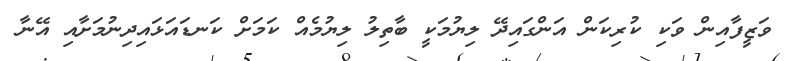
ވަޒީފާއިން ވަކި ކުރިކަން އަންގައިދޭ ލިޔުމަކީ ބާތިލު ލިޔުމެއް ކަމަށް ކަނޑައަޅައިދިނުމަށާއި އޭނާ